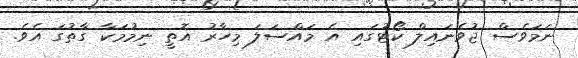
ނަމަވެސް ޖުވެނައިލް ކޯޓުގައި އެ މައްސަލަ މިހާރު އޮތީ ނިމުމަކާ ގާތުގަ އެވެ.